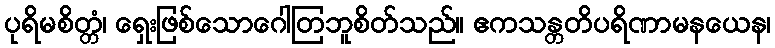
ပုရိမစိတ္တံ၊ ရှေးဖြစ်သောဂေါတြဘူစိတ်သည်။ ဧကသန္တတိပရိဏာမနယေန၊